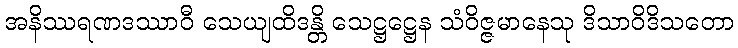
အနိဿရဏဒဿာဝီ သေယျထိဒန္တိ သေဋ္ဌဋ္ဌေန သံဝိဇ္ဇမာနေသု ဒိသာဝိဒိသတော